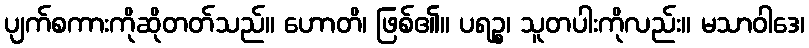
ပျက်စကားကိုဆိုတတ်သည်။ ဟောတိ၊ ဖြစ်၏။ ပရဉ္စ၊ သူတပါးကိုလည်း။ မသာဝါဒေ၊